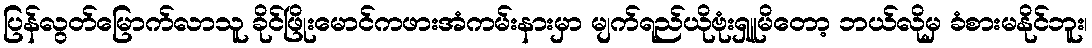
ပြန်လွတ်မြောက်လာသူ ခိုင်ဖြိုးမောင်ကဖားအံကမ်းနားမှာ မျက်ရည်ယိုဗုံးရှူမိတော့ ဘယ်လိုမှ ခံစားမနိုင်ဘူး၊